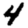
Digit: 4